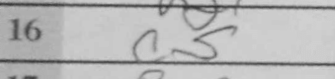
Transcription: c5